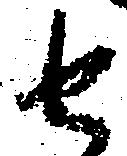
せ